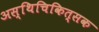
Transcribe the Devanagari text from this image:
अस्थिचिकित्सक